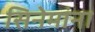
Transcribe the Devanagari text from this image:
सिनेमांना